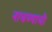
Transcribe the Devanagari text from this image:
नाचण्याची